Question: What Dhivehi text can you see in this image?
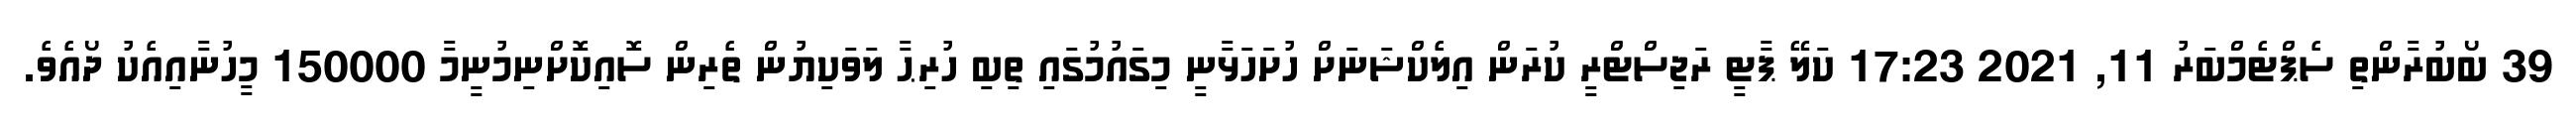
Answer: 39 ބޯބުރާންތި ސެޕްޓެމްބަރު 11, 2021 17:23 ކަލޭ ޕާޓީ ރަޖިސްޓްރީ ކުރަން އިލެކްޝަނަށް ހުށަހަޅާނީ މިގައުމުގައި ތިބި ހުރިޙާ ލަވަކިޔުން ތެރިން ސޮއިކޮށްނިމުނީމާ 150000 މީހުނާއިއެކު ދޯއެވެ.